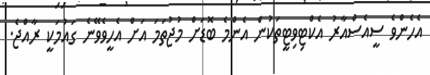
އެހެންވެ ސީއެސްއާރު އެކްޓިވިޓީތަކުން އެންމެ ބޮޑަށް މުޖުތަމަ އަށް އެހީވެވޭނެ ގައުމަކީ ރާއްޖެ.